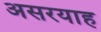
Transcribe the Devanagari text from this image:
असरयाह